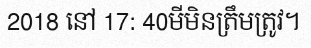
2018 នៅ 17: 40មីមិនត្រឹមត្រូវ។